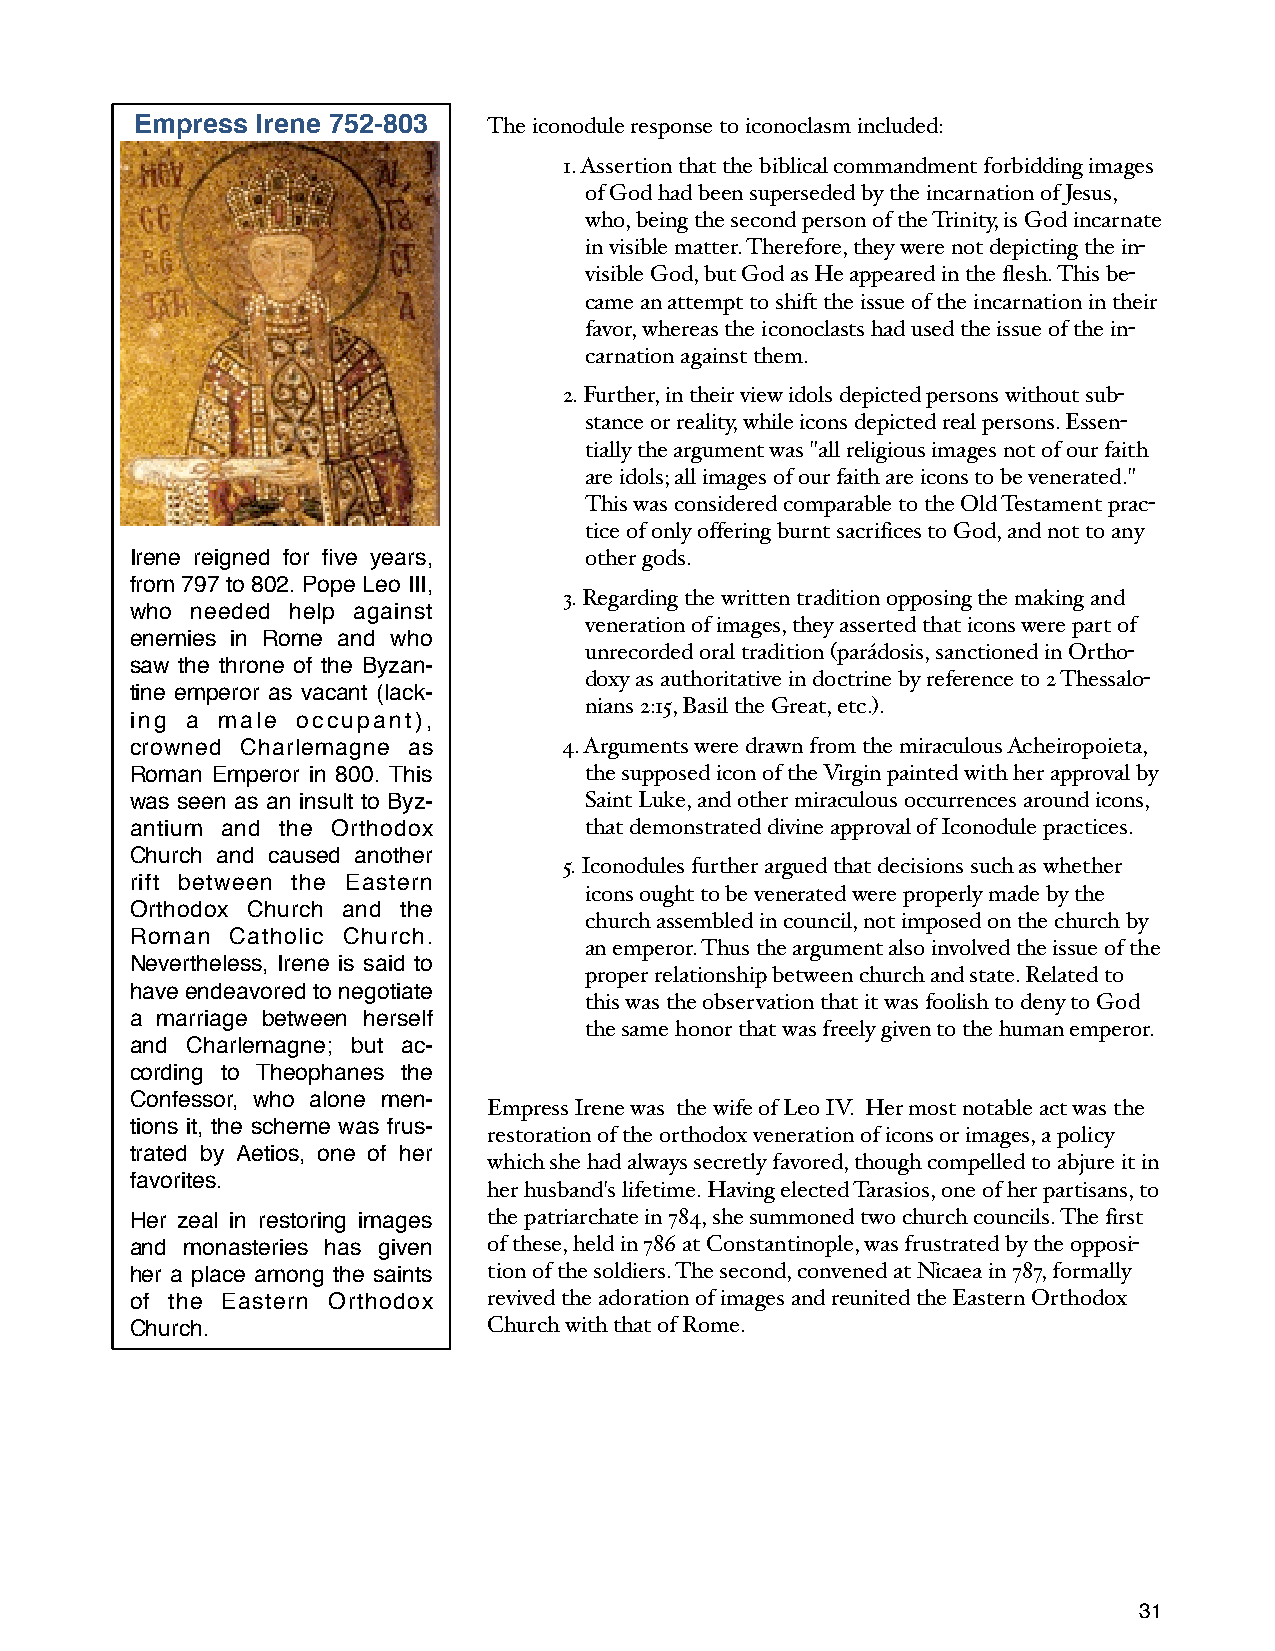
Empress Irene 752-803  The iconodule response to iconoclasm included:
 1. Assertion that the biblical commandment forbidding images
 of God had been superseded by the incarnation of Jesus,
 who, being the second person of the Trinity, is God incarnate
 in visible matter. Therefore, they were not depicting the in-
 visible God, but God as He appeared in the flesh. This be-
 came an attempt to shift the issue of the incarnation in their
 favor, whereas the iconoclasts had used the issue of the in-
 carnation against them.
 2. Further, in their view idols depicted persons without sub-
 stance or reality, while icons depicted real persons. Essen-
 tially the argument was "all religious images not of our faith
 are idols; all images of our faith are icons to be venerated."
 This was considered comparable to the Old Testament prac-
 tice of only offering burnt sacrifices to God, and not to any
 Irene reigned for five years, other gods.
 from 797 to 802. Pope Leo III,
 3. Regarding the written tradition opposing the making and
 who needed help against
 veneration of images, they asserted that icons were part of
 enemies in Rome and who
 unrecorded oral tradition (parádosis, sanctioned in Ortho-
 saw the throne of the Byzan-
 doxy as authoritative in doctrine by reference to 2 Thessalo-
 tine emperor as vacant (lack-
 nians 2:15, Basil the Great, etc.).
 ing a male occupant),
 crowned Charlemagne as      4. Arguments were drawn from the miraculous Acheiropoieta,
 Roman Emperor in 800. This    the supposed icon of the Virgin painted with her approval by
 was seen as an insult to Byz- Saint Luke, and other miraculous occurrences around icons,
 antium and the Orthodox       that demonstrated divine approval of Iconodule practices.
 Church and caused another
 5. Iconodules further argued that decisions such as whether
 rift between the Eastern
 icons ought to be venerated were properly made by the
 Orthodox Church and the
 church assembled in council, not imposed on the church by
 Roman Catholic Church.
 an emperor. Thus the argument also involved the issue of the
 Nevertheless, Irene is said to
 proper relationship between church and state. Related to
 have endeavored to negotiate
 this was the observation that it was foolish to deny to God
 a marriage between herself
 the same honor that was freely given to the human emperor.
 and Charlemagne; but ac-
 cording to Theophanes the
 Confessor, who alone men-
 Empress Irene was the wife of Leo IV. Her most notable act was the
 tions it, the scheme was frus-
 restoration of the orthodox veneration of icons or images, a policy
 trated by Aetios, one of her
 which she had always secretly favored, though compelled to abjure it in
 favorites.
 her husband's lifetime. Having elected Tarasios, one of her partisans, to
 Her zeal in restoring images the patriarchate in 784, she summoned two church councils. The first
 and monasteries has given of these, held in 786 at Constantinople, was frustrated by the opposi-
 her a place among the saints tion of the soldiers. The second, convened at Nicaea in 787, formally
 of the Eastern Orthodox revived the adoration of images and reunited the Eastern Orthodox
 Church.                Church with that of Rome.
 31